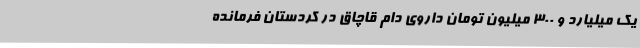
یک میلیارد و 300 میلیون تومان داروی دام قاچاق در کردستان فرمانده